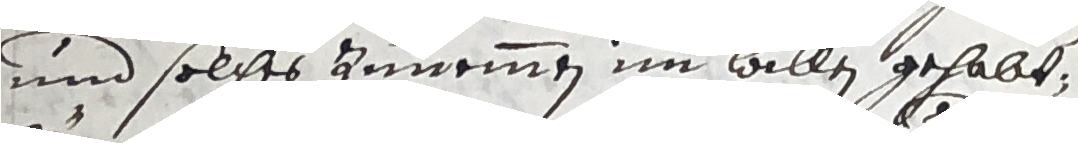
und solches innemmen im aallen gehabt